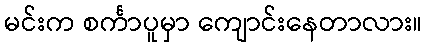
မင်းက စင်္ကာပူမှာ ကျောင်းနေတာလား။